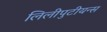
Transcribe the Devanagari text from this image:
लिलीपुटीयन्स